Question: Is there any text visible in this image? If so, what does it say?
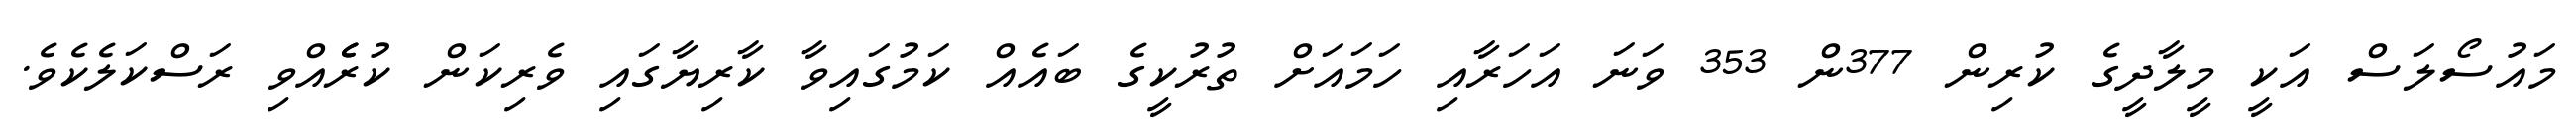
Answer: މައުސޯލަސް އަކީ މީލާދީގެ ކުރިން 377ން 353 ވަނަ އަހަރާއި ހަމައަށް ތުރުކީގެ ބައެއް ކަމުގައިވާ ކާރިޔާގައި ވެރިކަން ކުރެެއްވި ރަސްކަލެކެވެ.